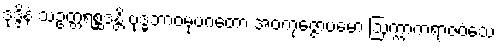
ဒုဒ္ဒိနံ သဥတ္တရစ္ဆဒန္တိ ဗုဒ္ဓဘာဝမုပဂတော အဝကုဇ္ဇောပမော ဩက္ကာကရာဇဝံသေ